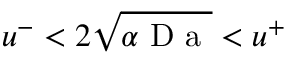
u ^ { - } < 2 \sqrt { \alpha \mathrm { ~ D ~ a ~ } } < u ^ { + }